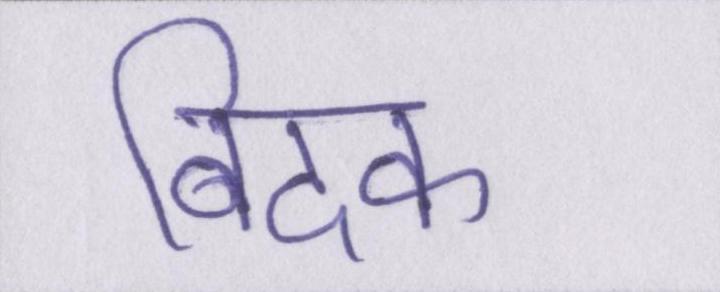
बिदक